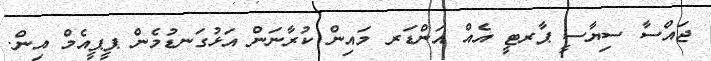
ޖައްސާ ސިޔާސީ ޕާރޓީ އެއް އަންޑަރ މައިން ކުރާނަން އަޅުގަނޑުމެން ޕީޕީއެމް އިން.